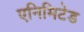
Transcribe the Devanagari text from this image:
एनिमिटेड